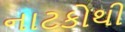
નાટકોથી